Document type: Sale
Year: 1440
Scribe: Pere Pau Pujades
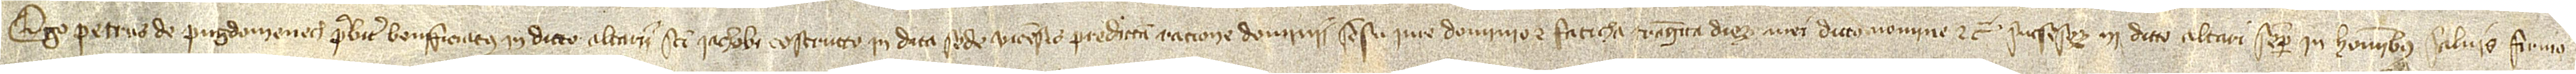
Ego Petrus de Puigdomenech, presbiter beneficiatus in dicto altarii Sancti Iachobi constructo in dicta Sede Vicensis, predictam racione dominii, sensu, iure, dominio et faticha triginta dierum mei, dictus nomine et causa sucsesorum in dicto altari semper in homnibus salvis firmo.